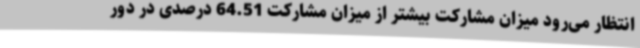
انتظار می‌رود میزان مشارکت بیشتر از میزان مشارکت 64.51 درصدی در دور